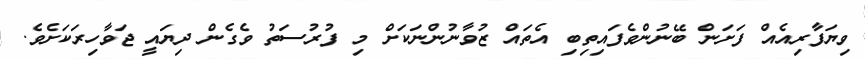
ވިޔަފާރިއެއް ފަށަން ބޭނުންވެފައިތިބި އެތައް ޒުވާނުންނަކަށް މި ފުރުސަތު ވެގެން ދިޔައީ ޖަވާހިރަކަށެވެ.